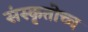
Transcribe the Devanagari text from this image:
संस्कृतोच्च